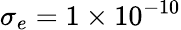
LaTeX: \sigma_{e}=1\times 10^{-10}